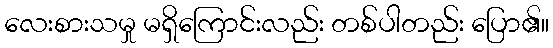
လေးစားသမှု မရှိကြောင်းလည်း တစ်ပါတည်း ပြော၏။